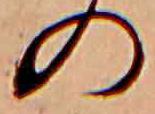
の